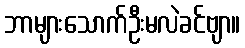
ဘာများသောက်ဦးမလဲခင်ဗျာ။